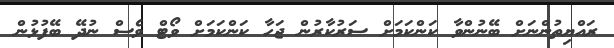
ރައްޔިތުންނަށް ބޭނުންވާ ކަންކަމަށް ސަރުކާރުން ޖަހާ ކަންކަމަށް ވޯޓް ވެސް ނުދޭ ބޭފުޅުން